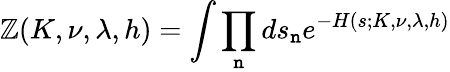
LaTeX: \mathbb{Z}(K,\nu,\lambda,h)=\int\prod_{\mathtt{n}}ds_{\mathtt{n}}e^{-H(s;K,\nu,\lambda,h)}